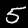
Digit: 5